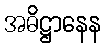
အဓိဋ္ဌာနေန